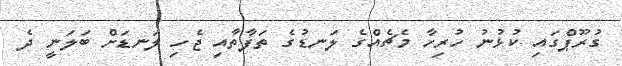
ގުރޫޕްގައި ކުޅުނު ހުރިހާ މެޗެއްގެ ލަނޑުގެ ތަފާތާއި ޖެހި ލަނޑަށް ބަލަނީ ދެ